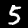
Digit: 5